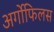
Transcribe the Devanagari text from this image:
अर्गोफिलस